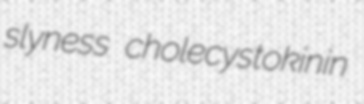
slyness cholecystokinin